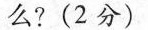
么?(2分)